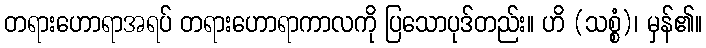
တရားဟောရာအရပ် တရားဟောရာကာလကို ပြသောပုဒ်တည်း။ ဟိ (သစ္စံ)၊ မှန်၏။